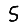
Digit: 5